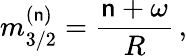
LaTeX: m_{3/2}^{(\mathsf{n})}=\frac{{\mathsf{n}+\omega}}{{R}}\, ,